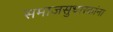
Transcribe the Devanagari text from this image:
समाजसुधारकांना